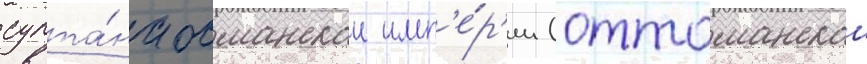
султа́на османскои имп'е́р'ии (оттоманскои